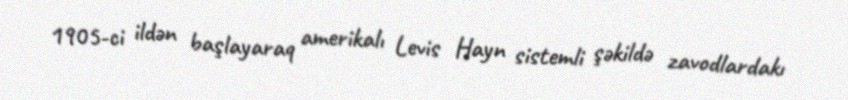
1905-ci ildən başlayaraq amerikalı Levis Hayn sistemli şəkildə zavodlardakı